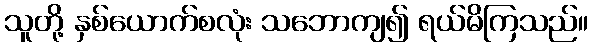
သူတို့ နှစ်ယောက်စလုံး သဘောကျ၍ ရယ်မိကြသည်။